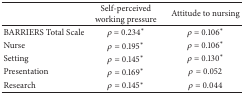
<table><thead><tr><td><b> </b></td><td><b>Self-perceived working pressure</b></td><td><b>Attitude to nursing</b></td></tr></thead><tbody><tr><td>BARRIERS Total Scale</td><td><i>ρ</i> = 0.234<sup><i>∗</i></sup></td><td><i>ρ</i> = 0.106<sup><i>∗</i></sup></td></tr><tr><td>Nurse</td><td><i>ρ</i> = 0.195<sup><i>∗</i></sup></td><td><i>ρ</i> = 0.106<sup><i>∗</i></sup></td></tr><tr><td>Setting</td><td><i>ρ</i> = 0.145<sup><i>∗</i></sup></td><td><i>ρ</i> = 0.130<sup><i>∗</i></sup></td></tr><tr><td>Presentation</td><td><i>ρ</i> = 0.169<sup><i>∗</i></sup></td><td><i>ρ</i> = 0.052</td></tr><tr><td>Research</td><td><i>ρ</i> = 0.145<sup><i>∗</i></sup></td><td><i>ρ</i> = 0.044</td></tr></tbody></table>